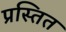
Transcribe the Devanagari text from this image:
प्रस्तित